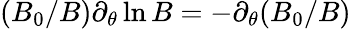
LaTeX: (B_{0}/B)\partial_{\theta}\ln B=-\partial_{\theta}(B_{0}/B)